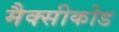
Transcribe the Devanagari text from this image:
मैक्सीकोड